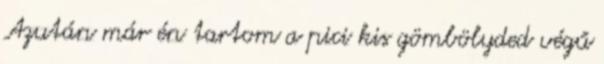
Azután már én tartom a pici kis gömbölyded végű